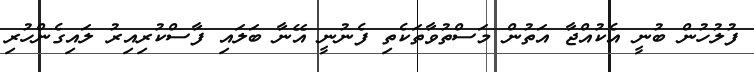
ފުލުހުން ބުނީ އެކުއްޖާ އަތުން މަސްތުވާތަކެތި ފެނުނީ އޭނާ ބަލައި ފާސްކުރިއިރު ލައިގެންހުރި